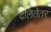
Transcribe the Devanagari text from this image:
दलितेतर